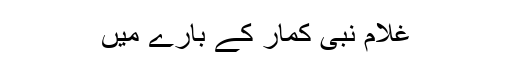
غلام نبی کمار کے بارے میں